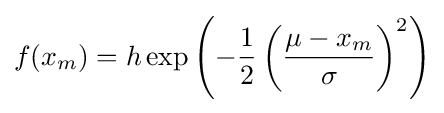
f(x_{m})=h\exp \left(-{\frac {1}{2}}\left({\frac {\mu -x_{m}}{\sigma }}\right)^{2}\right)